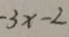
- 3 x - 2